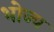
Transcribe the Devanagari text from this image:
भोज्‍य